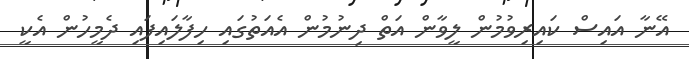
އޭނާ އައިސް ކައިރިވުމުން ލީވާން އަތް ދިނުމުން އެއަތުގައި ހިފާލައިފައި ދެމީހުން އެކީ